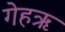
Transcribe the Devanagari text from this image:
गेहऋ